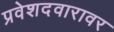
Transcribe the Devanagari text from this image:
प्रवेशदवारावर